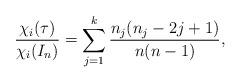
LaTeX: \begin{align*}\frac{\chi_i(\tau)}{\chi_i(I_n)}=\sum_{j=1}^k \frac{n_j(n_j-2j+1)}{n(n-1)}, \end{align*}